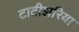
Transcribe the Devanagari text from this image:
टाटीझरिया